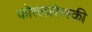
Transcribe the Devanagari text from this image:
कोत्लारेव्स्की